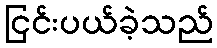
ငြင်းပယ်ခဲ့သည်